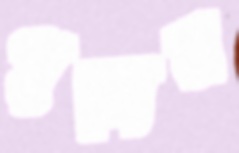
পুণ্যের